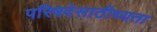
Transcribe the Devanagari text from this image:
परिषदेसाठीच्यता